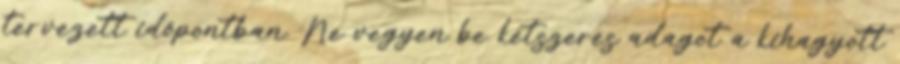
tervezett időpontban. Ne vegyen be kétszeres adagot a kihagyott